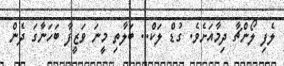
ލެފި ލޯންޗާ ދިމާއަށެވެ. ގުޑް ލަކް.. ބަލާތި މީނަ ވަޒީފާ ބަހަނާގަ ދެން